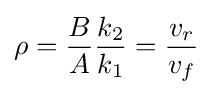
\rho ={\frac {B}{A}}{\frac {k_{2}}{k_{1}}}={\frac {v_{r}}{v_{f}}}